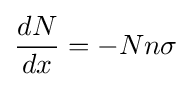
{\frac {dN}{dx}}=-Nn\sigma